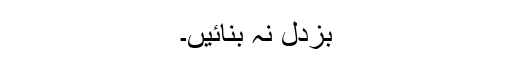
بزدل نہ بنائیں۔